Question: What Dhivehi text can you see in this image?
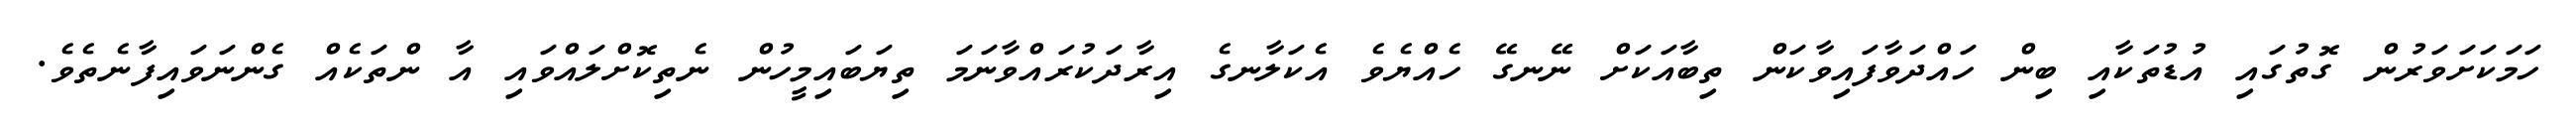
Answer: ހަމަކަށަވަރުން ގޮތުގައި އުޑުތަކާއި ބިން ހައްދަވާފައިވާކަން ތިބާއަކަށް ނޭނގޭ ހެއްޔެވެ އެކަލާނގެ އިރާދަކުރައްވާނަމަ ތިޔަބައިމީހުން ނެތިކޮށްލައްވައި އާ ންތަކެއް ގެންނަވައިފާނެތެވެ.